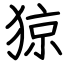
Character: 猄